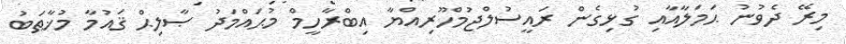
މިރޭ ދެވުނު ޙަމަލާއާއި ގުޅިގެން ރައީސުލްޖުމްހޫރިއްޔާ އިބްރާހީމް މުޙައްމަދު ޞާލިޙް ޤައުމާ މުޚާޠަބު